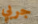
جربي